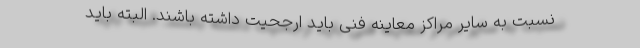
نسبت به سایر مراکز معاینه فنی باید ارجحیت داشته باشند. البته باید